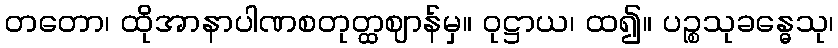
တတော၊ ထိုအာနာပါဏစတုတ္ထဈာန်မှ။ ဝုဋ္ဌာယ၊ ထ၍။ ပဉ္စသုခန္ဓေသု၊